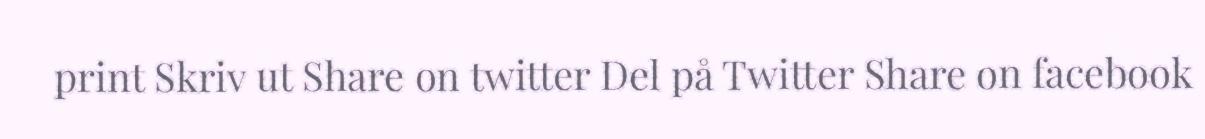
print Skriv ut Share on twitter Del på Twitter Share on facebook